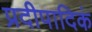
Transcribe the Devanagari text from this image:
प्रदीपादिकं